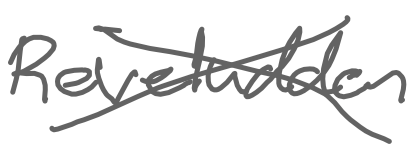
Text: Reveludden
Cross-out: cross
Writing tool: digital_gray